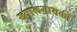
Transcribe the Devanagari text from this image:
ख्यालगायकी